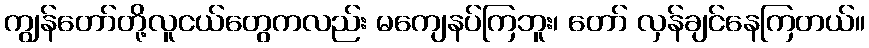
ကျွန်တော်တို့လူငယ်တွေကလည်း မကျေနပ်ကြဘူး၊ တော် လှန်ချင်နေကြတယ်။